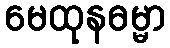
မေထုနဓမ္မာ